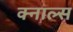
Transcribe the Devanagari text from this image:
क्नाल्स